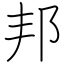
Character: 邦